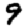
Digit: 9